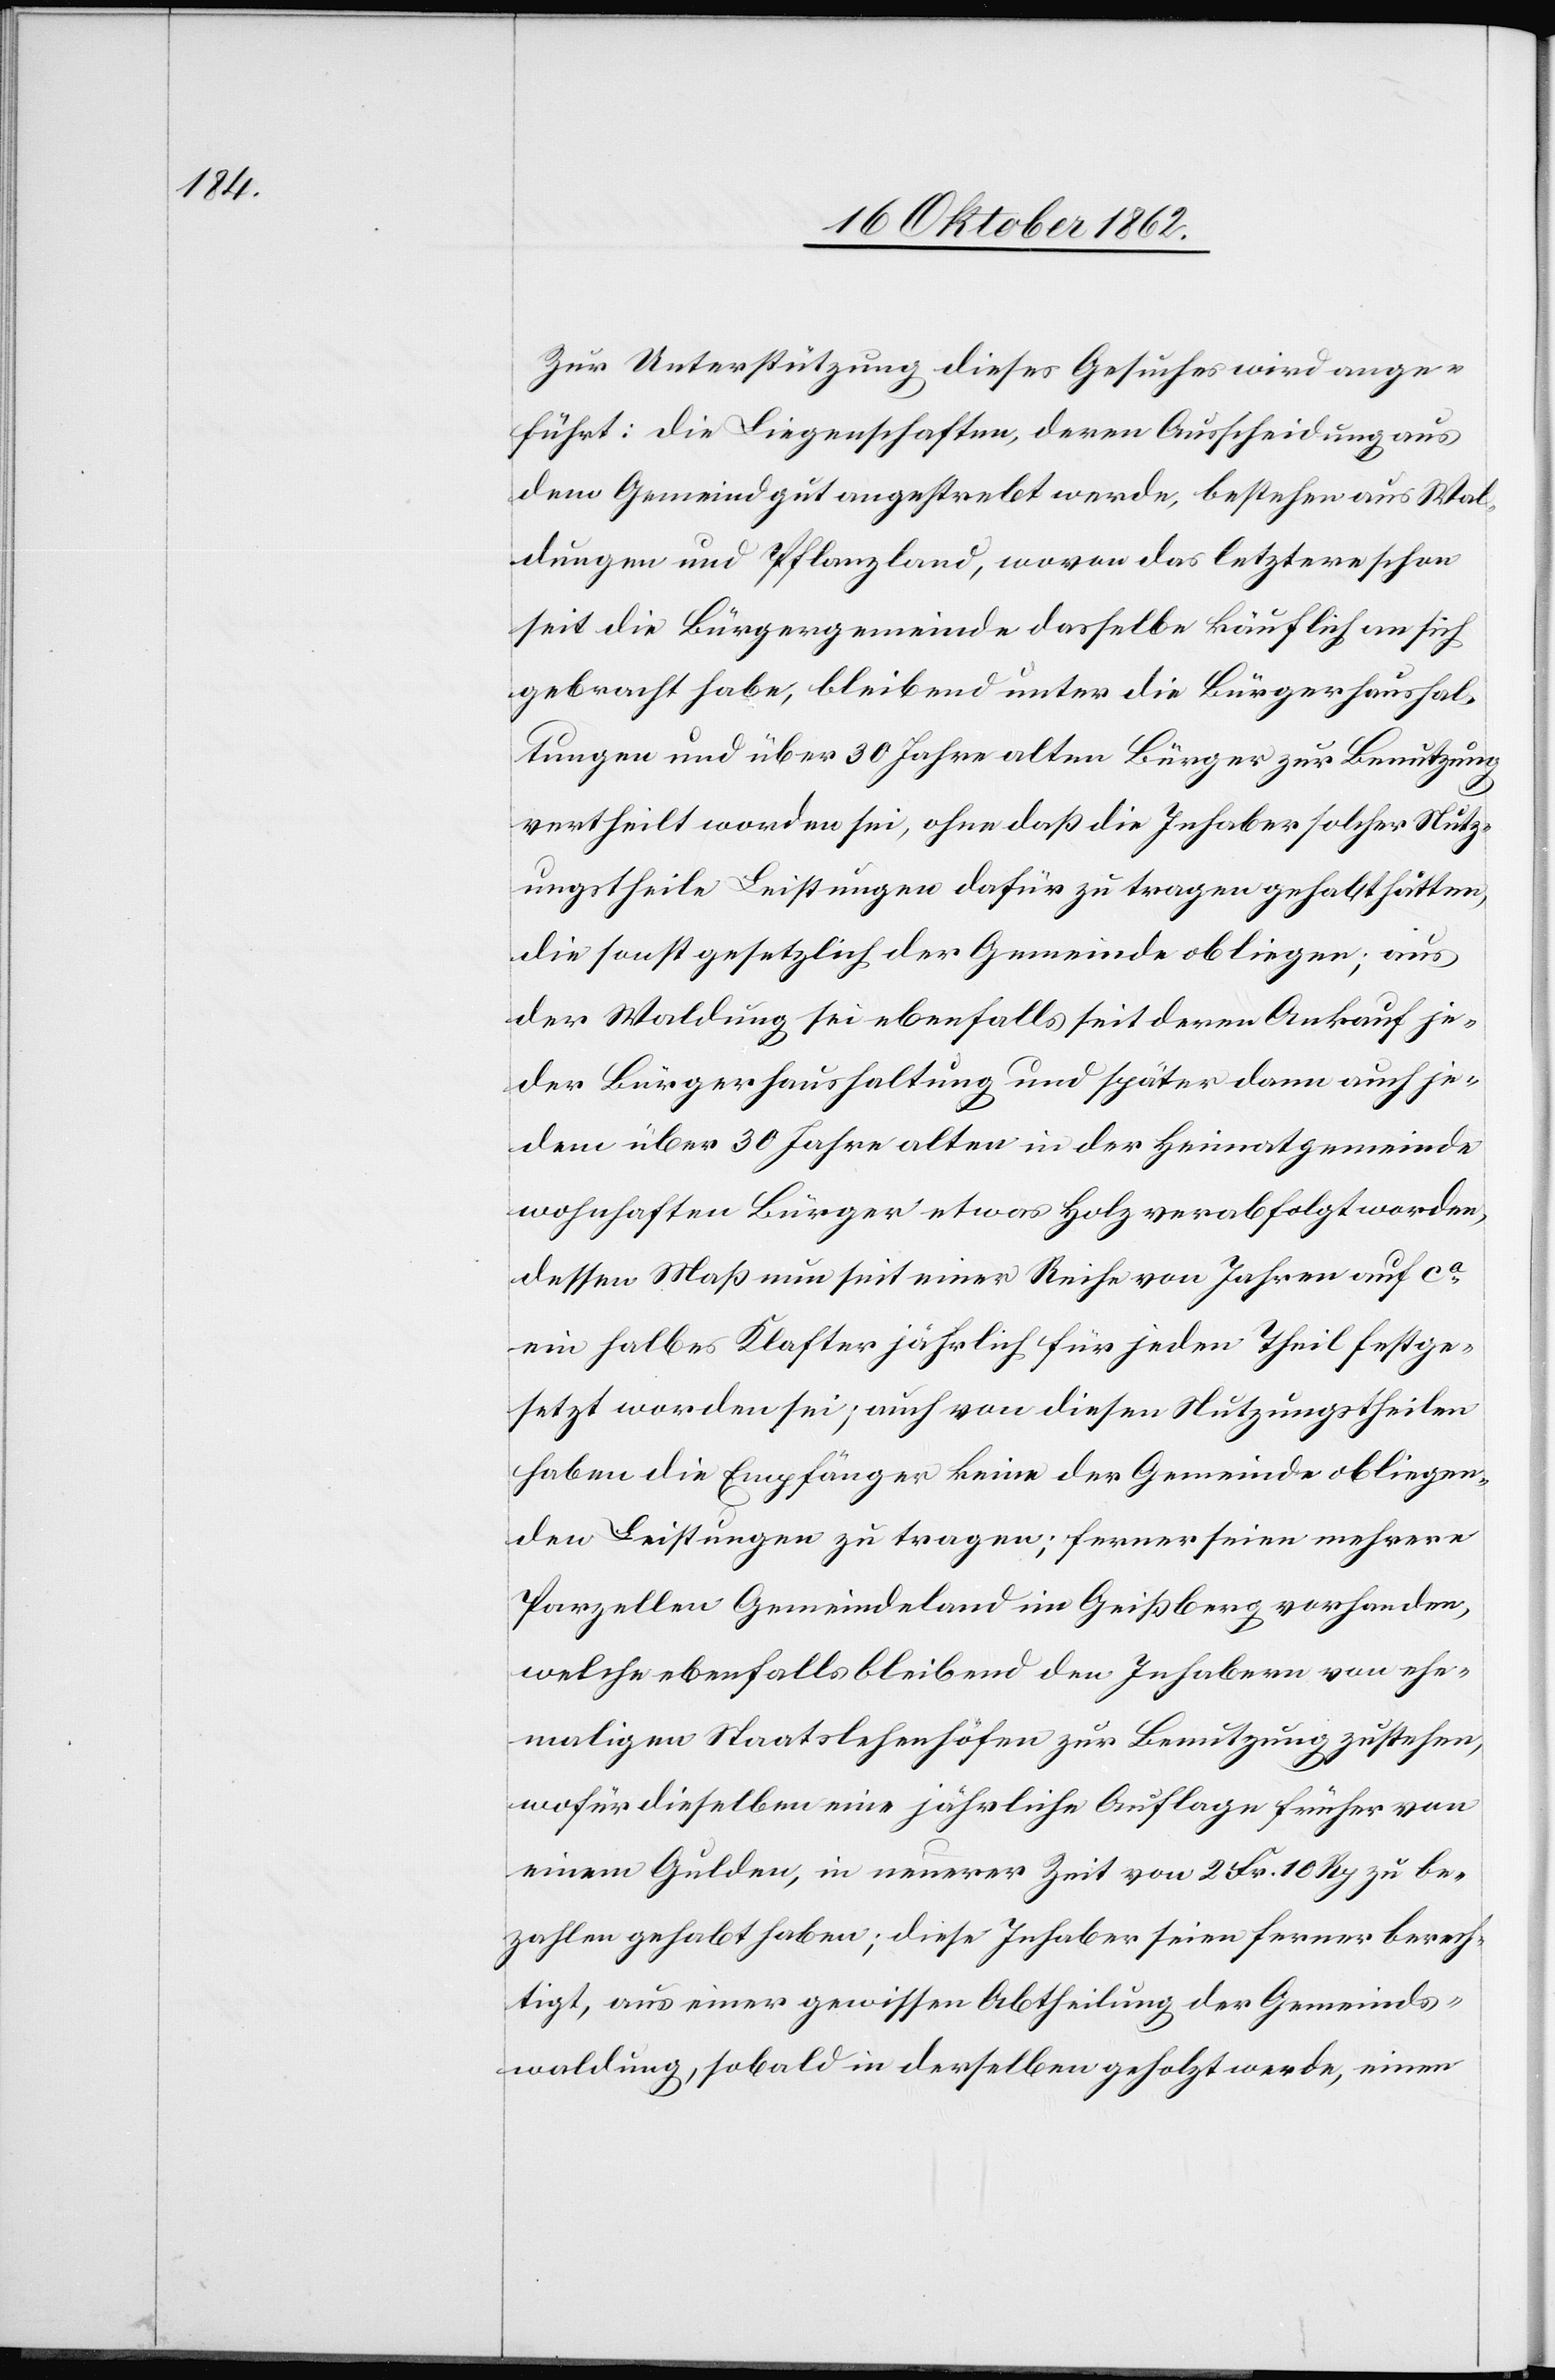
Zur Unterstützung dieses Gesuches wird ange¬
führt: Die Liegenschaften, deren Ausscheidung aus
dem Gemeindgut angestrebt werde, bestehen aus Wal¬
dungen und Pflanzland, wovon das letztere schon
seit die Bürgergemeinde dasselbe käuflich an sich
gebracht habe, bleibend unter die Bürgerhaushal¬
tungen und über 30 Jahre alten Bürger zur Benutzung
vertheilt worden sei, ohne daß die Inhaber solcher Nutz¬
ungstheile Leistungen dafür zu tragen gehabt hätten,
die sonst gesetzlich der Gemeinde obliegen; aus
der Waldung sei ebenfalls seit deren Ankauf je¬
der Bürgerhaushaltung und später dann auch je¬
dem über 30 Jahre alten in der Heimatgemeinde
wohnhaften Bürger etwas Holz verabfolgt worden,
dessen Maß nun seit einer Reihe von Jahren auf ca
ein halbes Klafter jährlich für jeden Theil festge¬
setzt worden sei, auch von diesen Nutzungstheilen
haben die Empfänger keine der Gemeinde obliegen¬
den Leistungen zu tragen; ferner seien mehrere
Parzellen Gemeindeland im Geißberg vorhanden,
welche ebenfalls bleibend den Inhabern von ehe¬
maligen Staatslehenhöfen zur Benutzung zustehen,
wofür dieselben eine jährliche Auflage früher von
einem Gulden, in neuerer Zeit von 2 Fr. 10 Rp. zu be¬
zahlen gehabt haben; diese Inhaber seien ferner berech¬
tigt, aus einer gewissen Abtheilung der Gemeinds¬
waldung, sobald in derselben geholzt werde, einen